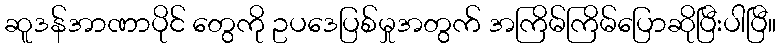
ဆူဒန်အာဏာပိုင် တွေကို ဥပဒေပြစ်မှုအတွက် အကြိမ်ကြိမ်ပြောဆိုပြီးပါပြီ။